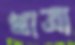
খাত্রা